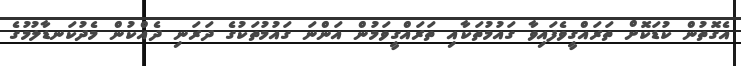
އެގޮތުން ކުޑަކޮށް ތަރައްގީވެފައިވާ ގައުމުތަކާއި ތަރައްގީވަމުން އަންނަ ގައުމުތަކުގެ ދަރަނި ދެއްކުން މެދުކަނޑާލުމުގެ